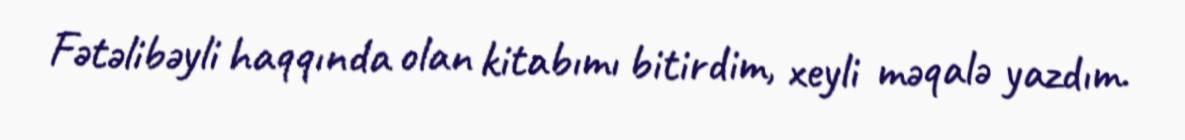
Fətəlibəyli haqqında olan kitabımı bitirdim, xeyli məqalə yazdım.